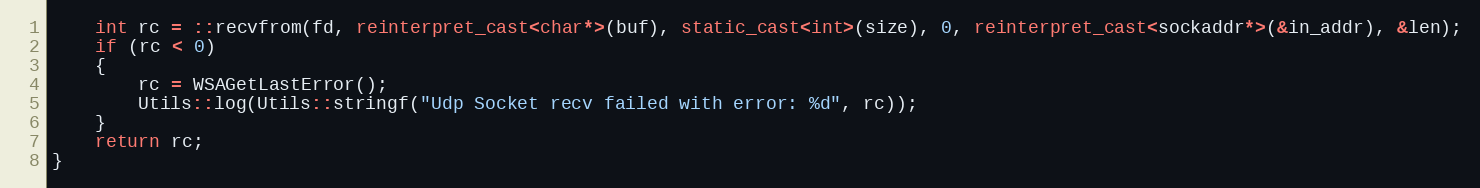
Language: C++
    int rc = ::recvfrom(fd, reinterpret_cast<char*>(buf), static_cast<int>(size), 0, reinterpret_cast<sockaddr*>(&in_addr), &len);
    if (rc < 0)
    {
        rc = WSAGetLastError();
        Utils::log(Utils::stringf("Udp Socket recv failed with error: %d", rc));
    }
    return rc;
}